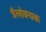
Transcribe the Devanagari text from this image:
त्रैलोक्यक